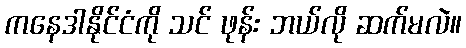
ကနေဒါနိုင်ငံကို သင် ဖုန်း ဘယ်လို ဆက်မလဲ။